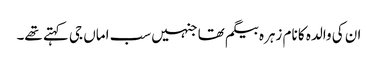
ان کی والدہ کا نام زہرہ بیگم تھا جنہیں سب اماں جی کہتے تھے۔